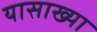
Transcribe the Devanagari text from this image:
यासाख्या